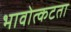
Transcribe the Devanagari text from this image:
भावोत्कटता